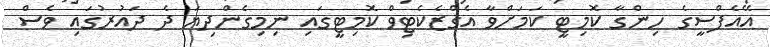
އޭއެފްސީގެ ހިންގާ ކޮމިޓީ ކަމަށްވާ އެގްޒެކެޓިވް ކޮމިޓީގައި ނިމިގެންދިޔަ ދެ ދައުރުގައި ވެސް